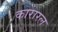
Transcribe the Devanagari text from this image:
कारारल